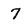
Character: 7